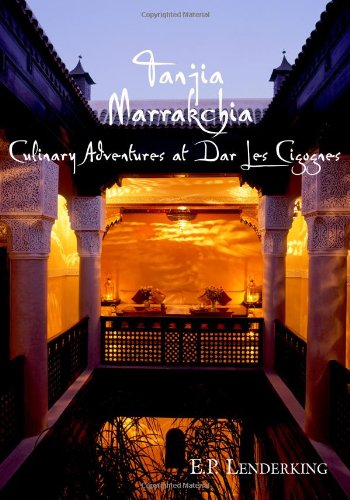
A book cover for Tanjia Marrakchia: Culinary Adventures At Dar Les Cigognes; E. P. Lenderking; Cookbooks, Food & Wine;